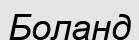
Боланд